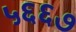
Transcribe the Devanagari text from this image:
५६६७